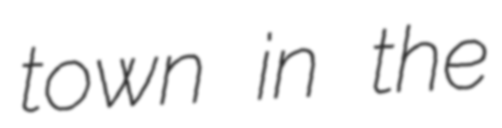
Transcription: town in the